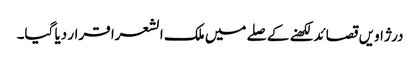
درژاویں قصائد لکھنے کے صلے میں ملک الشعرا قرار دیا گیا۔